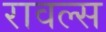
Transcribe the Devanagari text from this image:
रावल्स